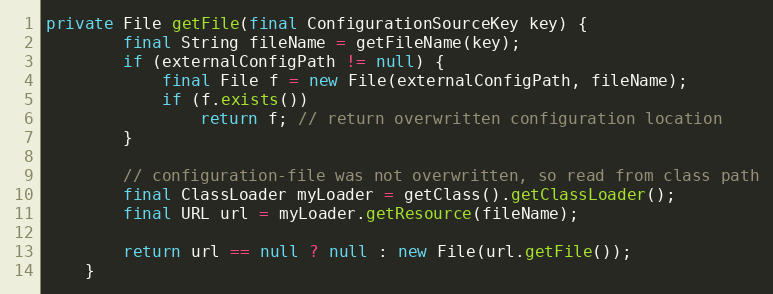
Language: Java
private File getFile(final ConfigurationSourceKey key) {
		final String fileName = getFileName(key);
		if (externalConfigPath != null) {
			final File f = new File(externalConfigPath, fileName);
			if (f.exists())
				return f; // return overwritten configuration location
		}

		// configuration-file was not overwritten, so read from class path
		final ClassLoader myLoader = getClass().getClassLoader();
		final URL url = myLoader.getResource(fileName);

		return url == null ? null : new File(url.getFile());
	}